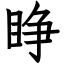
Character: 睁